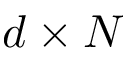
d \times N